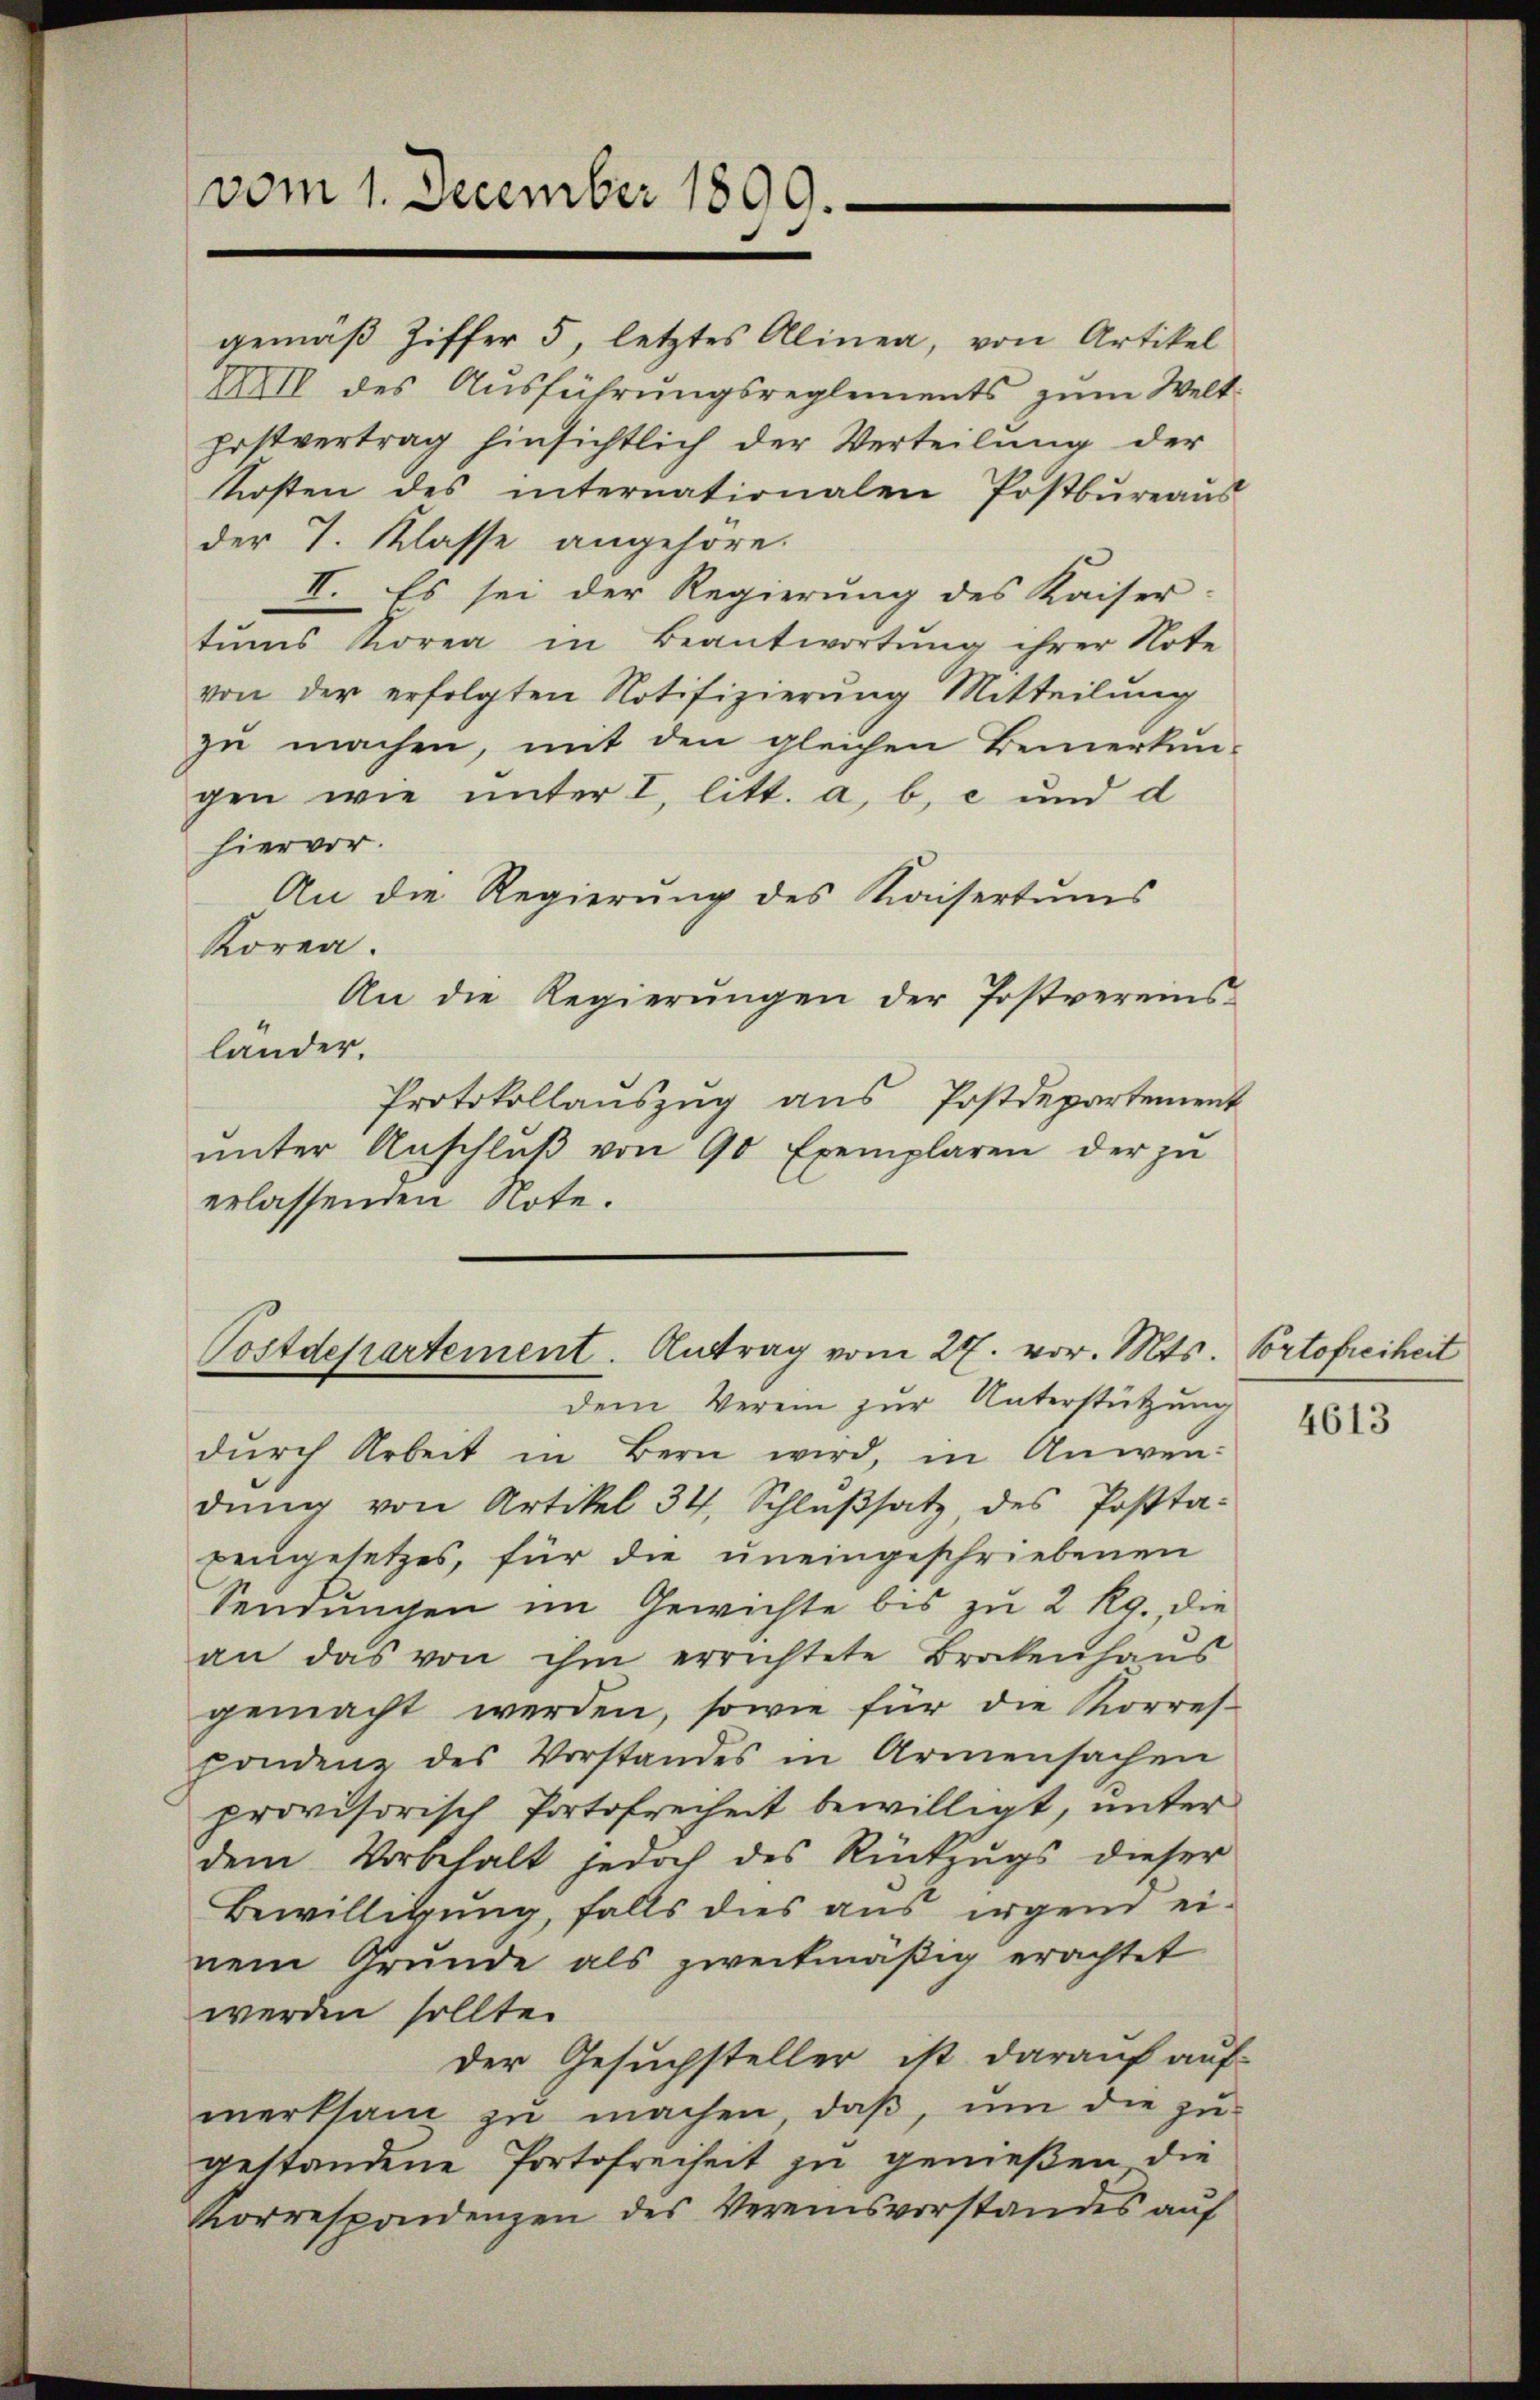
vom 1. December 1899.

gemäß Ziffer 5, letztes Alinea, von Artikel
XIII des Aŭsführŭngsreglements zŭm Welt-
postvertrag hinsichtlich der Verteilung der
Kosten des internationalen Postbüreaŭs
der I. Klasse angehöre.
II. Es sei der Regierung des Kaiser-
tŭms Korea in Beantwortŭng ihrer Note
von der erfolgten Notifizierŭng Mitteilŭng
zu machen, mit den gleichen Bemerkun-
gen wie unter I. litt. a, b, c und d
hiervor.
An die Regierŭng des Kaisertŭms
Koren.
An die Regierŭngen der Postvereins-
lander.
Protokollauszug aus Postdepartement
ŭnter Anschlŭβ von 90 Exemplaren der zŭ
erlassenden Note.

Postdepartement. Antrag vom 27. vor. Mts. Portofreiheit
dem Verein zur Unterstützung

dŭrch Arbeit in Bern wird, in Anwen-
dŭng von Artikel 34, Schlŭβsatz, des Posta-
pengesetzes, für die uneingeschriebenen
Sendungen im Gewichte bis zu 2 Rg. die
an das von ihm errichtete Brockenhaŭs
gemacht werden, sowie für die Korres-
fondene des Vorstandes in Armensachen
provisorisch Portofreiheit bewilligt, unter
dem Vorbehalt jedoch des Rückzŭgs dieser
Bewilligung, falls dies aus irgend ei-
nem Grunde als zweckmäßig erachtet
werden sollte.
der Gesuchsteller ist darauf auf-
merksam zu machen, daß, um die zu-
gestandene Portofreiheit zu genießen die
Korrespondenzen des Vereinsvorstandes auf

4613